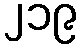
၂၁၉